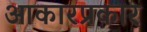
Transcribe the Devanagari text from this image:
आकारप्रकार